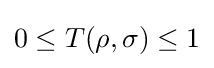
0\leq T(\rho ,\sigma )\leq 1